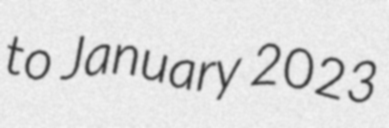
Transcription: to January 2023